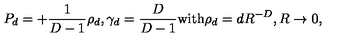
P _ { d } = + { \frac { 1 } { D - 1 } } \rho _ { d } , \gamma _ { d } = { \frac { D } { D - 1 } } \mathrm { w i t h } \rho _ { d } = d R ^ { - D } , R \to 0 ,